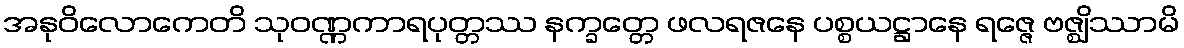
အနုဝိလောကေတိ သုဝဏ္ဏကာရပုတ္တဿ နက္ခတ္တေ ဖလရဇနေ ပစ္စယဋ္ဌာနေ ရဇ္ဇေ ဗဇ္ဈိဿာမိ